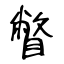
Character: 瞥